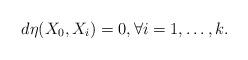
LaTeX: \begin{align*}d\eta(X_0,X_i) = 0, \forall i =1,\ldots,k.\end{align*}